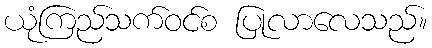
ယုံကြည်သက်ဝင်စ ပြုလာလေသည်။